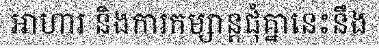
អាហារ និងការកម្សាន្តជុំគ្នានេះនឹង